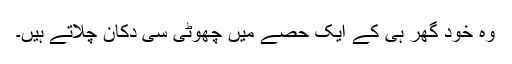
وہ خود گھر ہی کے ایک حصے میں چھوٹی سی دکان چلاتے ہیں۔